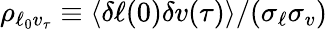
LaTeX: \rho_{\ell_{0}v_{\tau}}\equiv\langle\delta\ell(0)\delta v(\tau)\rangle/(\sigma_{\ell}\sigma_{v})